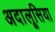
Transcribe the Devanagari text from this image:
अदालूसिया